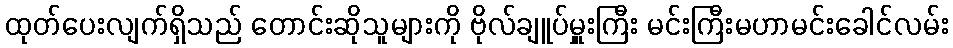
ထုတ်ပေးလျက်ရှိသည် တောင်းဆိုသူများကို ဗိုလ်ချူပ်မှူးကြီး မင်းကြီးမဟာမင်းခေါင်လမ်း